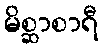
မိစ္ဆာစာရီ